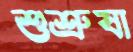
শুশ্রুষা